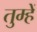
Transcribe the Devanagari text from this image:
तुम्हेें